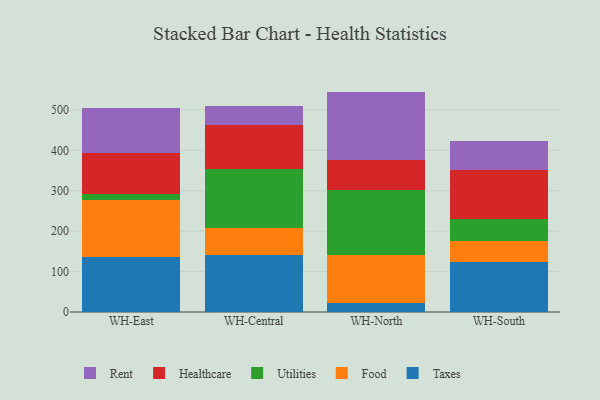
{"axis": {"x": "Warehouse", "y": "Bounce Rate (%)"}, "legend": ["Food", "Healthcare", "Rent", "Taxes", "Utilities"], "data": [{"x": "WH-East", "y": 135.0, "type": "Taxes"}, {"x": "WH-East", "y": 141.6, "type": "Food"}, {"x": "WH-East", "y": 14.9, "type": "Utilities"}, {"x": "WH-East", "y": 100.8, "type": "Healthcare"}, {"x": "WH-East", "y": 112.9, "type": "Rent"}, {"x": "WH-Central", "y": 141.9, "type": "Taxes"}, {"x": "WH-Central", "y": 65.1, "type": "Food"}, {"x": "WH-Central", "y": 146.7, "type": "Utilities"}, {"x": "WH-Central", "y": 109.1, "type": "Healthcare"}, {"x": "WH-Central", "y": 47.2, "type": "Rent"}, {"x": "WH-North", "y": 22.4, "type": "Taxes"}, {"x": "WH-North", "y": 119.4, "type": "Food"}, {"x": "WH-North", "y": 159.1, "type": "Utilities"}, {"x": "WH-North", "y": 74.2, "type": "Healthcare"}, {"x": "WH-North", "y": 170.1, "type": "Rent"}, {"x": "WH-South", "y": 122.9, "type": "Taxes"}, {"x": "WH-South", "y": 52.4, "type": "Food"}, {"x": "WH-South", "y": 54.4, "type": "Utilities"}, {"x": "WH-South", "y": 120.7, "type": "Healthcare"}, {"x": "WH-South", "y": 71.7, "type": "Rent"}]}